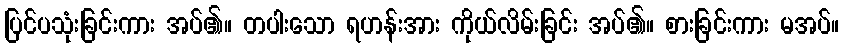
ပြင်ပသုံးခြင်းကား အပ်၏။ တပါးသော ရဟန်းအား ကိုယ်လိမ်းခြင်း အပ်၏။ စားခြင်းကား မအပ်။